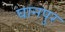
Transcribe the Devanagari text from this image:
घानपुर